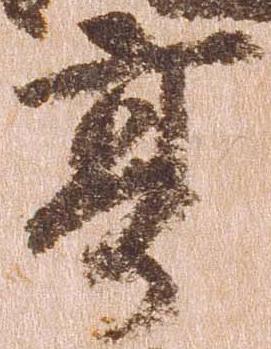
享